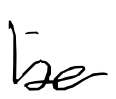
Text: be
Cross-out: clean
Writing tool: digital_black